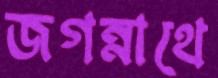
জগন্নাথে